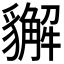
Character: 𧴛